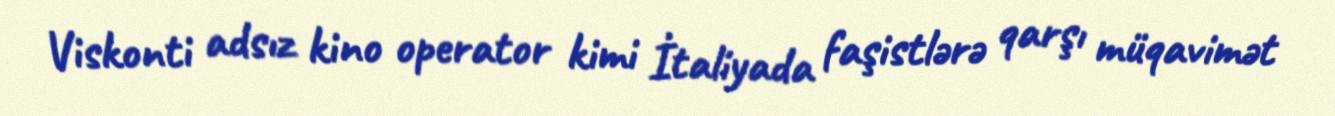
Viskonti adsız kino operator kimi İtaliyada faşistlərə qarşı müqavimət